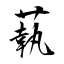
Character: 蓻